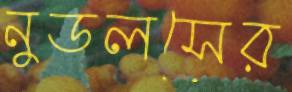
নুডলসের